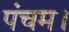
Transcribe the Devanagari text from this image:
पंचम।